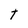
Character: t